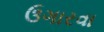
ઉગારવા